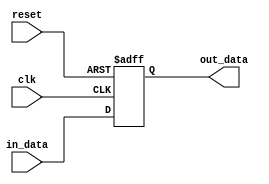
module Register16(
    input wire [15:0] in_data,
    input wire clk,
    input wire reset,
    output reg [15:0] out_data
);

    always @(posedge clk or posedge reset) begin
        if (reset) begin
            out_data <= 16'h0000;
        end
        else begin
            out_data <= in_data;
        end
    end

endmodule